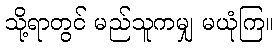
သို့ရာတွင် မည်သူကမျှ မယုံကြ။